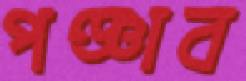
পঞ্জাব